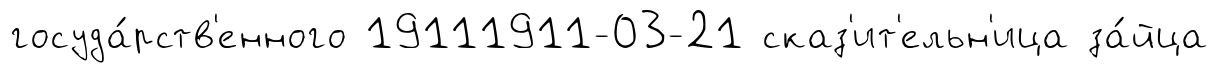
госуда́рств'енного 19111911-03-21 сказ'ит'ельн'ица за́йца